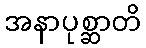
အနာပုစ္ဆာတိ